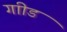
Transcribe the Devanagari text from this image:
गाीड